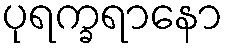
ပုရက္ခရာနော